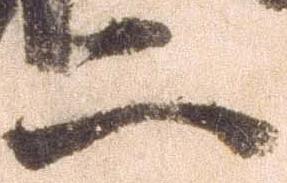
二